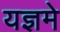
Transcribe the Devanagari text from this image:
यज्ञमे